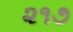
૨૧૭